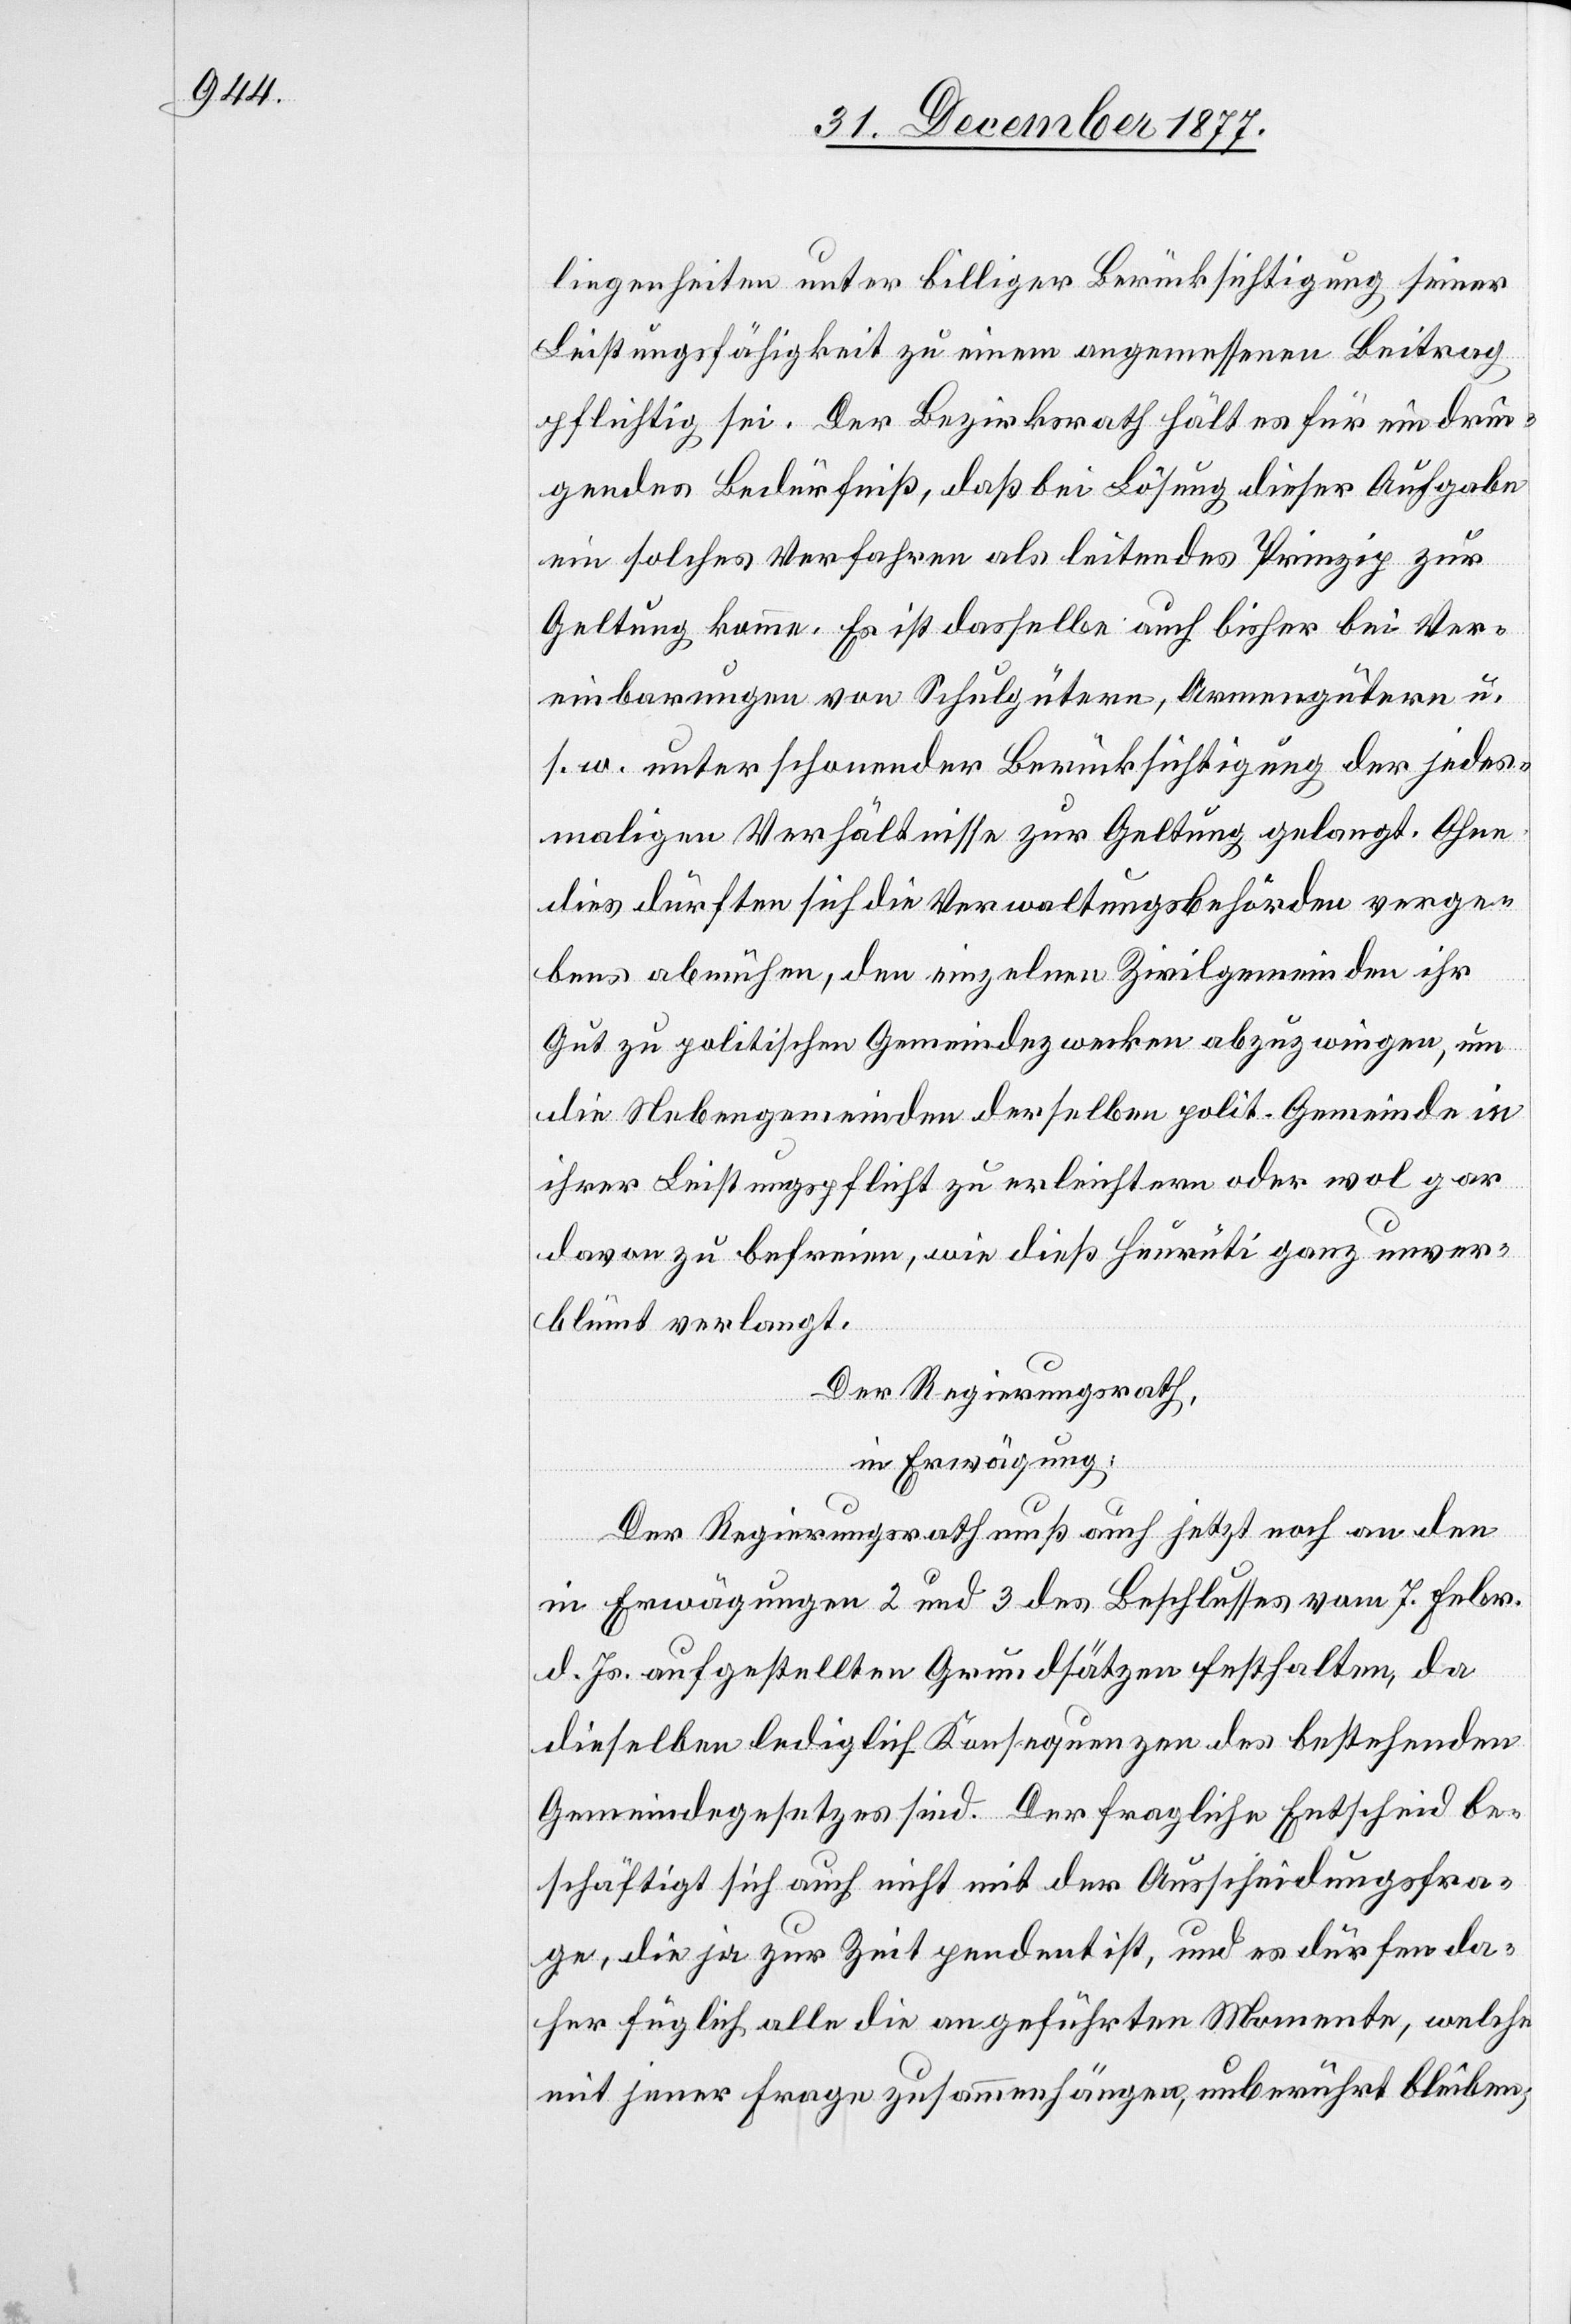
liegenheiten unter billiger Berücksichtigung seiner
Leistungsfähigkeit zu einem angemessenen Beitrag
pflichtig sei. Der Bezirksrath hält es für ein drin¬
gendes Bedürfniß, daß bei Lösung dieser Aufgabe
ein solches Verfahren als leitendes Prinzip zur
Geltung komme. Es ist dasselbe auch bisher bei Ver¬
einbarungen von Schulgütern, Armengütern u.
s. w. unter schonender Berücksichtigung der jedes¬
maligen Verhältnisse zur Geltung gelangt. Ohne
dies dürften sich die Verwaltungsbehörden verge¬
bens abmühen, den einzelnen Zivilgemeinden ihr
Gut zu politischen Gemeindezwecken abzuzwingen, um
die Nebengemeinden derselben polit. Gemeinde in
ihrer Leistungspflicht zu erleichtern oder wol gar
davon zu befreien, wie dieß Heurüti ganz unver¬
blümt verlangt.
Der Regierungsrath,
in Erwägung:
Der Regierungsrath muß auch jetzt noch an den
in Erwägungen 2 und 3 des Beschlusses vom 7. Febr.
d. Js. aufgestellten Grundsätzen festhalten, da
dieselben lediglich Konsequenzen des bestehenden
Gemeindegesetzes sind. Der fragliche Entscheid be¬
schäftigt sich auch nicht mit der Ausscheidungsfra¬
ge, die ja zur Zeit pendent ist, und es dürfen da¬
her füglich alle die angeführten Momente, welche
mit jener Frage zusammenhängen, unberührt bleiben;